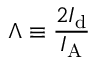
\Lambda \equiv \frac { 2 I _ { \mathrm { d } } } { I _ { \mathrm { A } } }